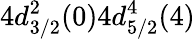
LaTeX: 4d_{3/2}^{2}(0)4d_{5/2}^{4}(4)